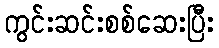
ကွင်းဆင်းစစ်ဆေးပြီး